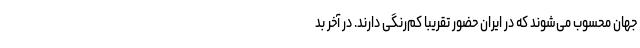
جهان محسوب می‌شوند که در ایران حضور تقریبا کم‌رنگی دارند. در آخر بد